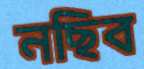
নছিব